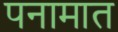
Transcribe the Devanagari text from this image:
पनामात